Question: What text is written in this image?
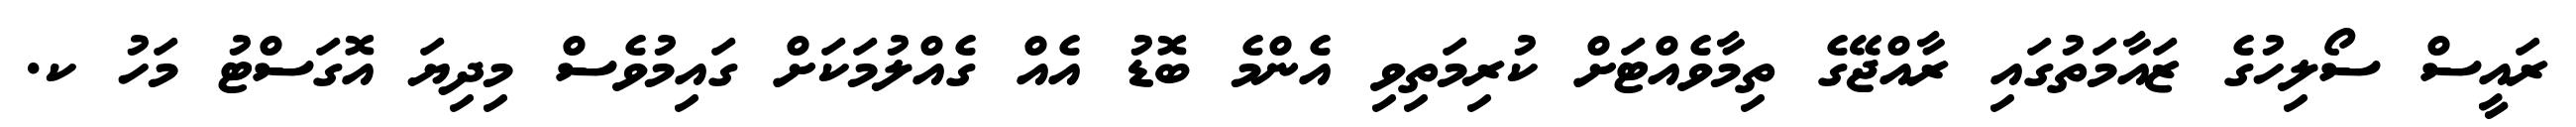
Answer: ރައީސް ސޯލިހުގެ ޒައާމަތުގައި ރާއްޖޭގެ ތިމާވެއްޓަށް ކުރިމަތިވި އެންމެ ބޮޑު އެއް ގެއްލުމަކަށް ގައިމުވެސް މިދިޔަ އޮގަސްޓު މަހު ކ.